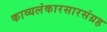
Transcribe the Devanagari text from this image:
काव्यलंकारसारसंग्रह